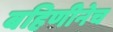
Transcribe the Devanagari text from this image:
बहिणीनेच